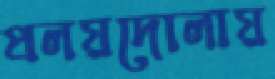
প্রলয়দোলায়